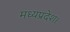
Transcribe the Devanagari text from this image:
मध्‍यप्रदेश।